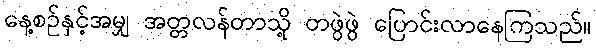
နေ့စဉ်နှင့်အမျှ အတ္တလန်တာသို့ တဖွဲဖွဲ ပြောင်းလာနေကြသည်။